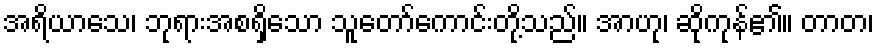
အရိယာသေ၊ ဘုရားအစရှိသော သူတော်ကောင်းတို့သည်။ အာဟု၊ ဆိုကုန်၏။ တာတ၊